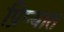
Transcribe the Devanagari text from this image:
प्रिप्यात